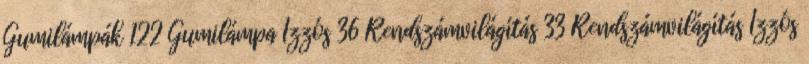
Gumilámpák 122 Gumilámpa Izzós 36 Rendszámvilágítás 33 Rendszámvilágítás Izzós